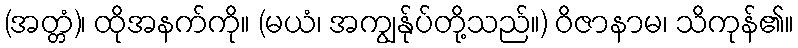
(အတ္တံ)၊ ထိုအနက်ကို။ (မယံ၊ အကျွန်ုပ်တို့သည်။) ဝိဇာနာမ၊ သိကုန်၏။